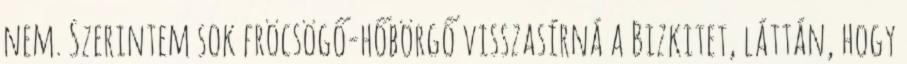
nem. Szerintem sok fröcsögő-hőbörgő visszasírná a Bizkitet, láttán, hogy